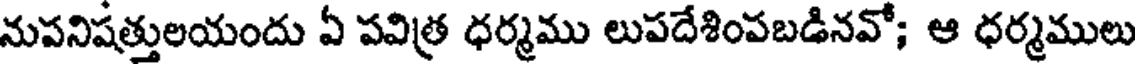
నుపనిషత్తులయందు ఏ పవిత్ర ధర్మము లుపదేశింపబడినవో; ఆ ధర్మములు